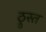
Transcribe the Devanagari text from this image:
ठ्रुस्त